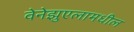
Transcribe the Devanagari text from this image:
वेनेझुएलामधील